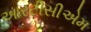
આરટીસીએમ